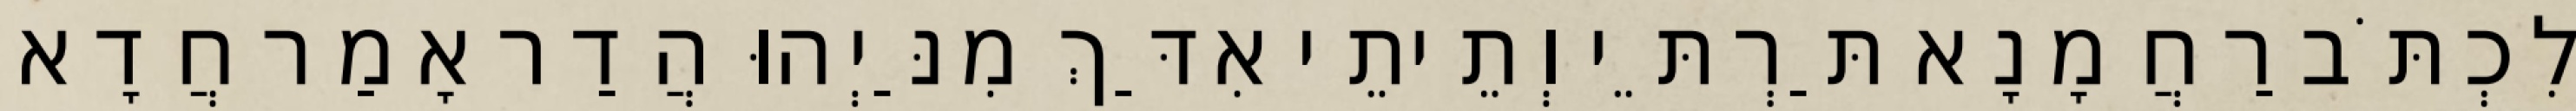
לִכְתֹּב רַחֲמָנָא תַּרְתֵּי וְתֵיתֵי אִדַּךְ מִנַּיְהוּ הֲדַר אָמַר חֲדָא